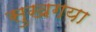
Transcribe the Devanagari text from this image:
सुखगया